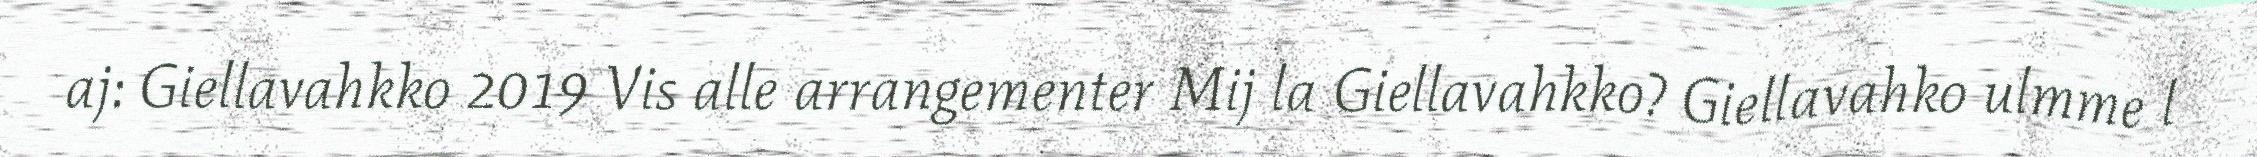
aj: Giellavahkko 2019 Vis alle arrangementer Mij la Giellavahkko? Giellavahko ulmme l